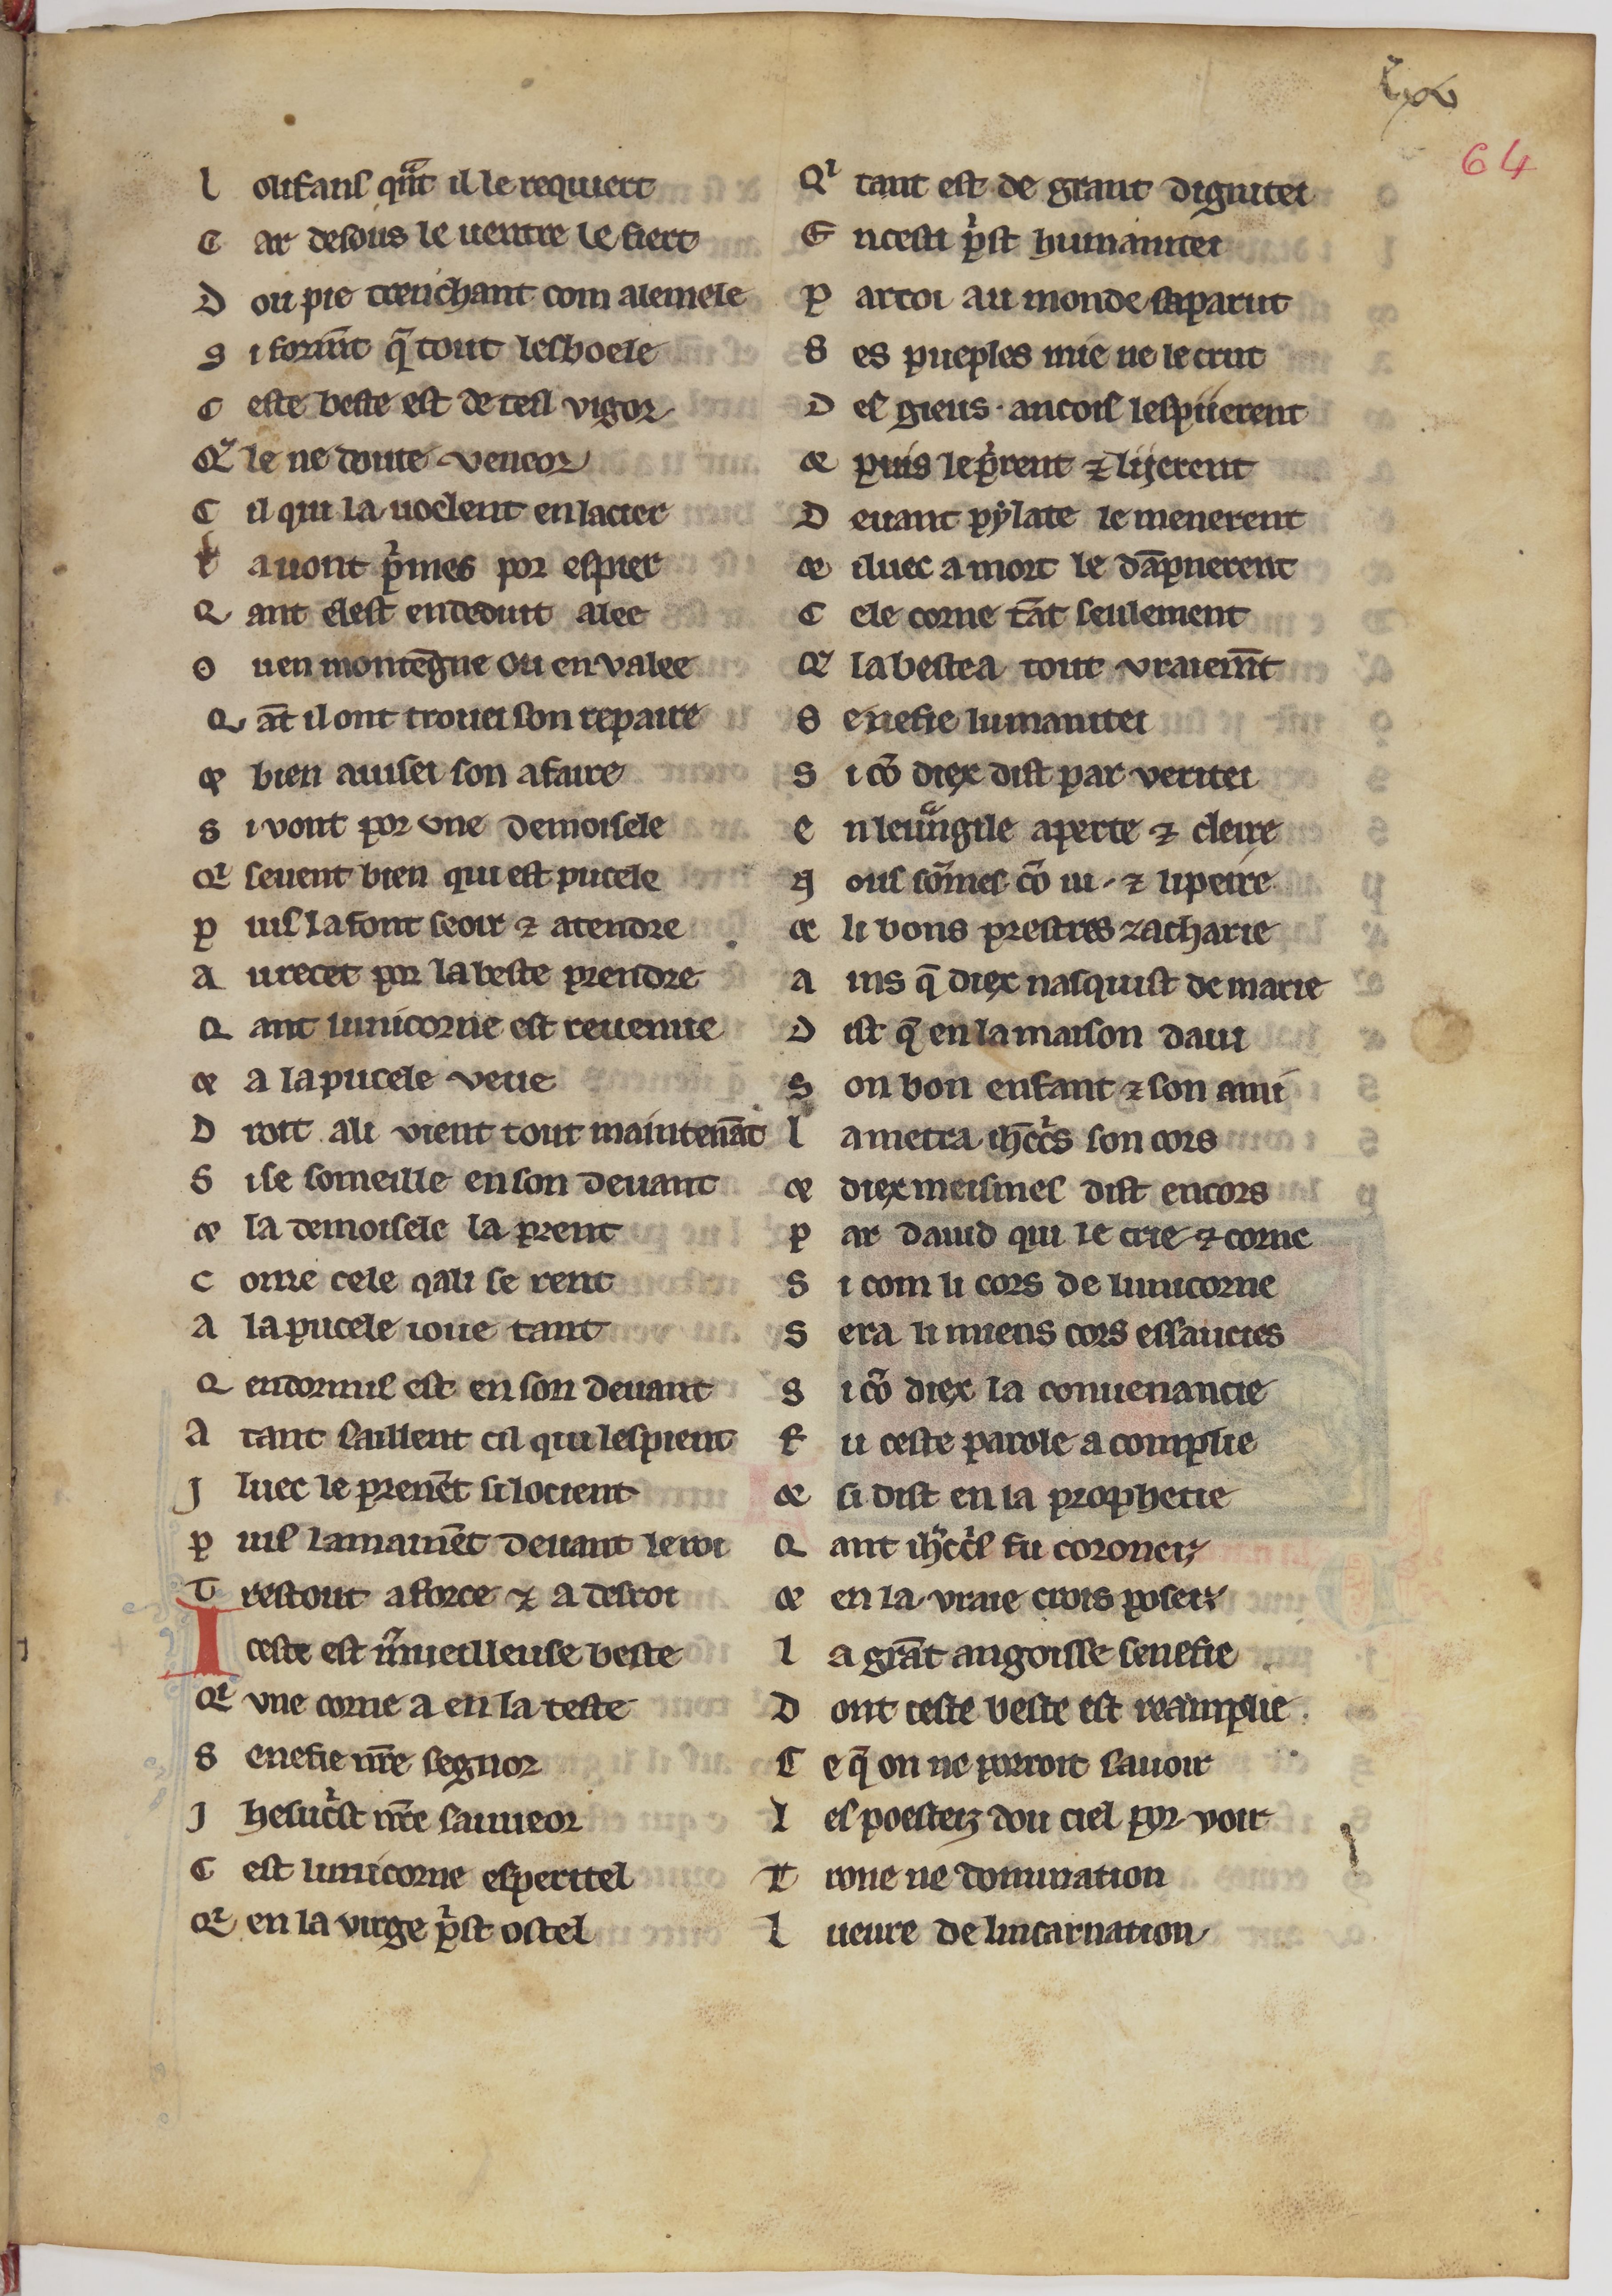
Shelfmark: Paris, BnF, fr. 24428
Century: 13